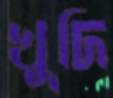
খুদি